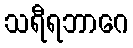
သရီရဘာဂေ